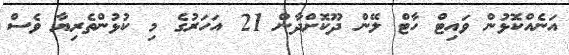
އަނެއްކޮޅުން ވައިޓް ހާޓް ލޭން ދޫކޮށްދާން 21 އަހަރުގެ މި ކުޅުންތެރިޔާ ވެސް